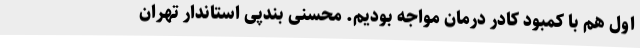
اول هم با کمبود کادر درمان مواجه بودیم. محسنی بندپی استاندار تهران